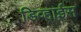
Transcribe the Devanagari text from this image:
डिव्हाईस